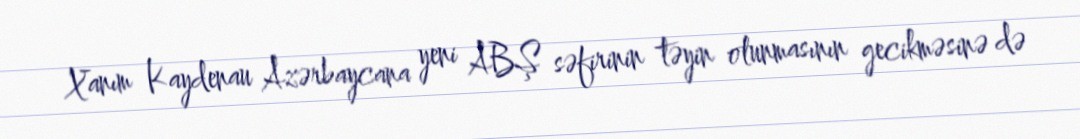
Xanım Kaydenau Azərbaycana yeni ABŞ səfirinin təyin olunmasının gecikməsinə də